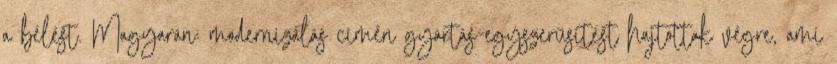
a bélést. Magyarán: modernizálás címén gyártás-egyszerűsítést hajtottak végre, ami